Indian journal of veterinary science and animal husbandry - Volume 2,
Year: 1932
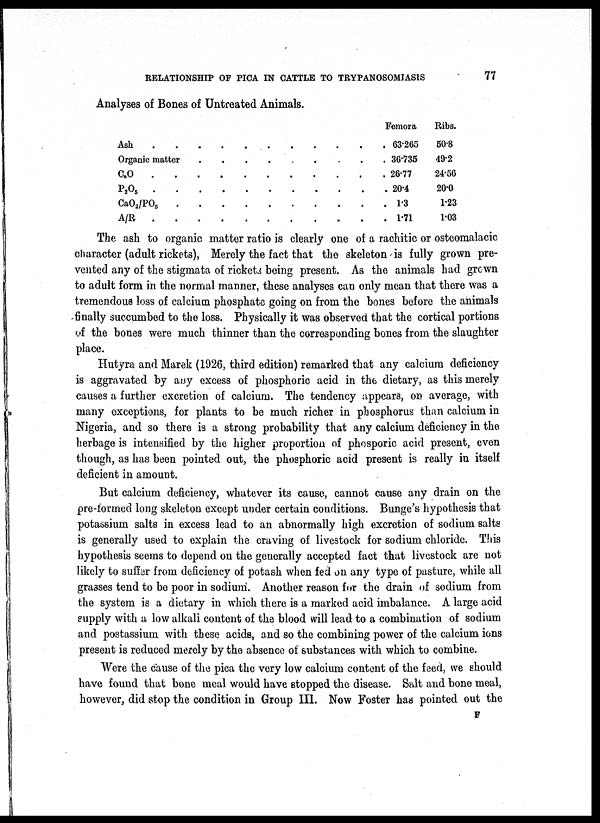
RELATIONSHIP OF PICA IN CATTLE TO TRYPANOSOMIASIS
77
Analyses of Bones of Untreated Animals.
Ash
Organic matter
C a O......
P 2 O 3
C a O 2 /PO 5
A/R
Femora
63.265
36.735
26.77
20.4
1.3
1.71
Ribs.
50.8
49.2
24.56
20.0
1.23
1.03
The ash to organic matter ratio is clearly one of a rachitic or osteomalacic
character (adult rickets), Merely the fact that the skeleton is fully grown pre-
vented any of the stigmata of rickets being present. As the animals had grown
to adult form in the normal manner, these analyses can only mean that there was a
tremendous loss of calcium phosphate going on from the bones before the animals
finally succumbed to the loss. Physically it was observed that the cortical portions
of the bones were much thinner than the corresponding bones from the slaughter
place.
Hutyra and Marek (1926, third edition) remarked that any calcium deficiency
is aggravated by any excess of phosphoric acid in the dietary, as this merely
causes a further excretion of calcium. The tendency appears, on average, with
many exceptions, for plants to be much richer in phosphorus than calcium in
Nigeria, and so there is a strong probability that any calcium deficiency in the
herbage is intensified by the higher proportion of phosporic acid present, even
though, as has been pointed out, the phosphoric acid present is really in itself
deficient in amount.
But calcium deficiency, whatever its cause, cannot cause any drain on the
pre-formed long skeleton except under certain conditions. Bunge's hypothesis that
potassium salts in excess lead to an abnormally high excretion of sodium salts
is generally used to explain the craving of livestock for sodium chloride. This
hypothesis seems to depend on the generally accepted fact that livestock are not
likely to suffer from deficiency of potash when fed on any type of pasture, while all
grasses tend to be poor in sodium. Another reason for the drain of sodium from
the system is a dietary in which there is a marked acid imbalance. A large acid
supply with a low alkali content of the blood will lead to a combination of sodium
and postassium with these acids, and so the combining power of the calcium ions
present is reduced merely by the absence of substances with which to combine.
Were the cause of the pica the very low calcium content of the feed, we should
have found that bone meal would have stopped the disease. Salt and bone meal,
however, did stop the condition in Group III. Now Foster has pointed out the
F